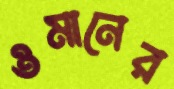
ওমানের